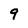
Character: 9